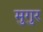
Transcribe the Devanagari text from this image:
मुगुर